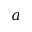
a